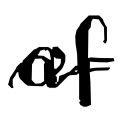
Text: of
Cross-out: wave
Writing tool: digital_black